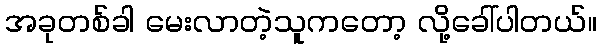
အခုတစ်ခါ မေးလာတဲ့သူကတော့ လို့ခေါ်ပါတယ်။